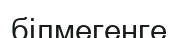
білмегенге